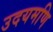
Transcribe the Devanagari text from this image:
उदयमणि